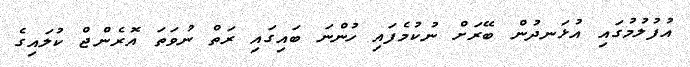
އުފުލުމުގައި އުޅަނދުން ބޭރަށް ނުކުމެފައި ހުންނަ ބައިގައި ރަތް ނުވަތަ އޮރެންޖް ކުލައިގެ